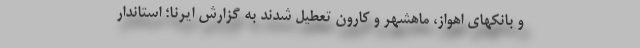
و بانکهای اهواز، ماهشهر و کارون تعطیل شدند به گزارش ایرنا؛ استاندار